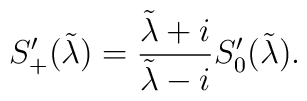
S'_{+}(\tilde \lambda)= {\tilde \lambda + i  \over \tilde \lambda-i} S'_{0}(\tilde \lambda)\\.